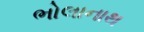
ભોલાનાથ